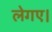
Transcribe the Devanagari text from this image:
लेगए।